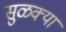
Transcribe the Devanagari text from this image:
सुळक्या